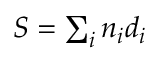
S = \textstyle \sum _ { i } n _ { i } d _ { i }